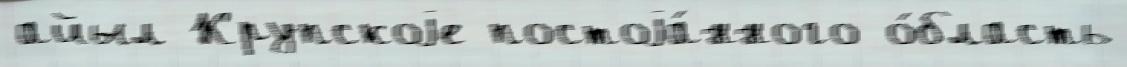
айыл Крупскоjе постоjа́нного о́бласть